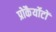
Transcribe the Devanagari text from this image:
प्रोकैर्योटों